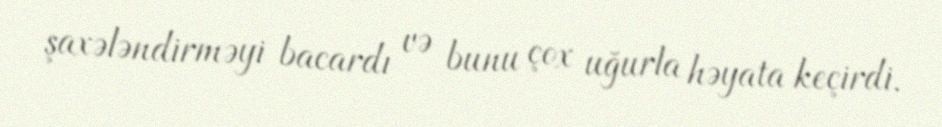
şaxələndirməyi bacardı və bunu çox uğurla həyata keçirdi.